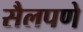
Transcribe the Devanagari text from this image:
सैलपणे